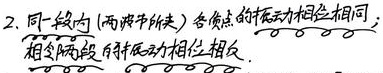
2. 同一段内 (两波节所夹) 各质点的振动相位相同；相邻两段的振动相位相反.